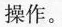
操作。